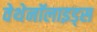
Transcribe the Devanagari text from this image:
वेथेनॉलाइड्स